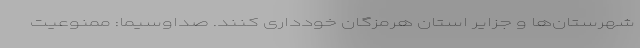
شهرستان‌ها و جزایر استان هرمزگان خودداری کنند. صداوسیما: ممنوعیت